Civil Veterinary Department. Central Provinces & Berar 1932-41 - 1932-1941
Year: 1932
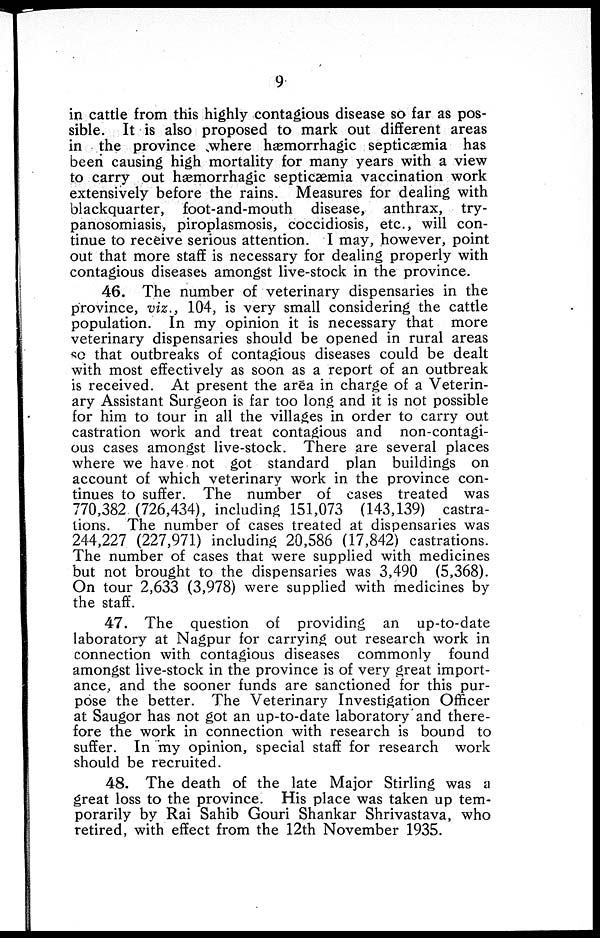
9
in cattle from this highly contagious disease so far as pos-
sible. It is also proposed to mark out different areas
in the province where hæmorrhagic septicæmia has
been causing high mortality for many years with a view
to carry out hæmorrhagic septicæmia vaccination work
extensively before the rains. Measures for dealing with
blackquarter, foot-and-mouth disease, anthrax, try-
panosomiasis, piroplasmosis, coccidiosis, etc., will con-
tinue to receive serious attention. I may, however, point
out that more staff is necessary for dealing properly with
contagious diseases amongst live-stock in the province.
46. The number of veterinary dispensaries in the
province, viz., 104, is very small considering the cattle
population. In my opinion it is necessary that more
veterinary dispensaries should be opened in rural areas
so that outbreaks of contagious diseases could be dealt
with most effectively as soon as a report of an outbreak
is received. At present the area in charge of a Veterin-
ary Assistant Surgeon is far too long and it is not possible
for him to tour in all the villages in order to carry out
castration work and treat contagious and non-contagi-
ous cases amongst live-stock. There are several places
where we have not got standard plan buildings on
account of which veterinary work in the province con-
tinues to suffer. The number of cases treated was
770,382 (726,434), including 151,073 (143,139) castra-
tions. The number of cases treated at dispensaries was
244,227 (227,971) including 20,586 (17,842) castrations.
The number of cases that were supplied with medicines
but not brought to the dispensaries was 3,490 (5,368).
On tour 2,633 (3,978) were supplied with medicines by
the staff.
47. The question of providing an up-to-date
laboratory at Nagpur for carrying out research work in
connection with contagious diseases commonly found
amongst live-stock in the province is of very great import-
ance, and the sooner funds are sanctioned for this pur-
pose the better. The Veterinary Investigation Officer
at Saugor has not got an up-to-date laboratory and there-
fore the work in connection with research is bound to
suffer. In my opinion, special staff for research work
should be recruited.
48. The death of the late Major Stirling was a
great loss to the province. His place was taken up tem-
porarily by Rai Sahib Gouri Shankar Shrivastava, who
retired, with effect from the 12th November 1935.